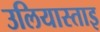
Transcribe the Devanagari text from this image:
उलियास्ताइ